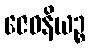
ဇေဝနိယဉ္စ